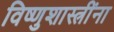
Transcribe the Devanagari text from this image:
विष्णुशास्त्रींना